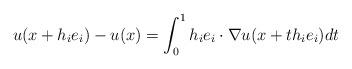
LaTeX: \begin{align*} u(x+h_ie_i) - u(x) = \int_0^1 h_ie_i\cdot\nabla u(x+th_ie_i)dt\end{align*}